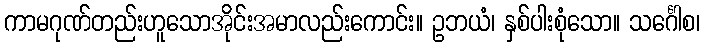
ကာမဂုဏ်တည်းဟူသောအိုင်းအမာလည်းကောင်း။ ဥဘယံ၊ နှစ်ပါးစုံသော။ သင်္ဂေါစ၊